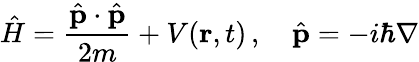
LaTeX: {\hat{H}}={\frac{{\hat{\mathbf{p}}}\cdot{\hat{\mathbf{p}}}}{2m}}+V(\mathbf{r},t)\, ,\quad{\hat{\mathbf{p}}}=-i\hbar\nabla